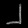
Digit: ၂